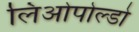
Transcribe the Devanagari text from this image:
लिओपोल्डो